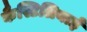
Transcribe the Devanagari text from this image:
कैस्टिलियाई